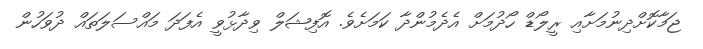
ޖަމާކޮށްދިނުމަށާއި ރީލޯޑް ހޯދުމަށް އެދެމުންދާ ކަމަށެވެ. އޮފިޝަލް ވިދާޅުވީ އެފަދަ މައްސަލަތައް ދުވަހުން